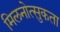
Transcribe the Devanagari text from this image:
मिलनोत्सुकता